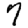
Digit: 7